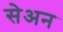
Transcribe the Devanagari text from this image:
सेअन